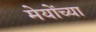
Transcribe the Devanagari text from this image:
मेयोंच्या